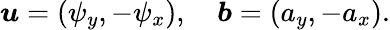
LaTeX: \boldsymbol{u}=(\psi_{y},-\psi_{x}),\quad\boldsymbol{b}=(a_{y},-a_{x}).